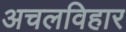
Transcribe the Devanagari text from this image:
अचलविहार